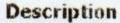
DESCRIPTION